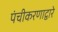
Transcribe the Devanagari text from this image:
पंचीकरणाद्वारे